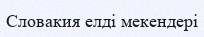
Словакия елді мекендері